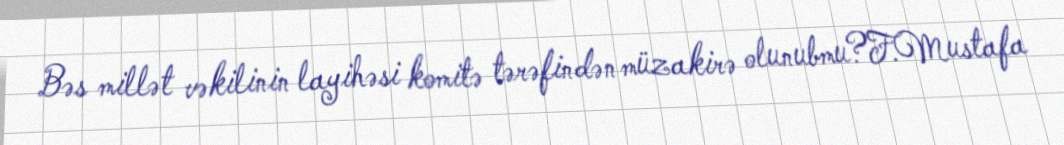
Bəs millət vəkilinin layihəsi komitə tərəfindən müzakirə olunubmu?F.Mustafa